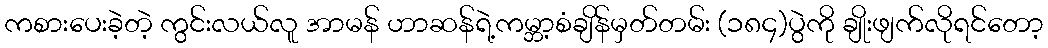
ကစားပေးခဲ့တဲ့ ကွင်းလယ်လူ အာမန် ဟာဆန်ရဲ့ကမ္ဘာ့စံချိန်မှတ်တမ်း (၁၈၄)ပွဲကို ချိုးဖျက်လိုရင်တော့